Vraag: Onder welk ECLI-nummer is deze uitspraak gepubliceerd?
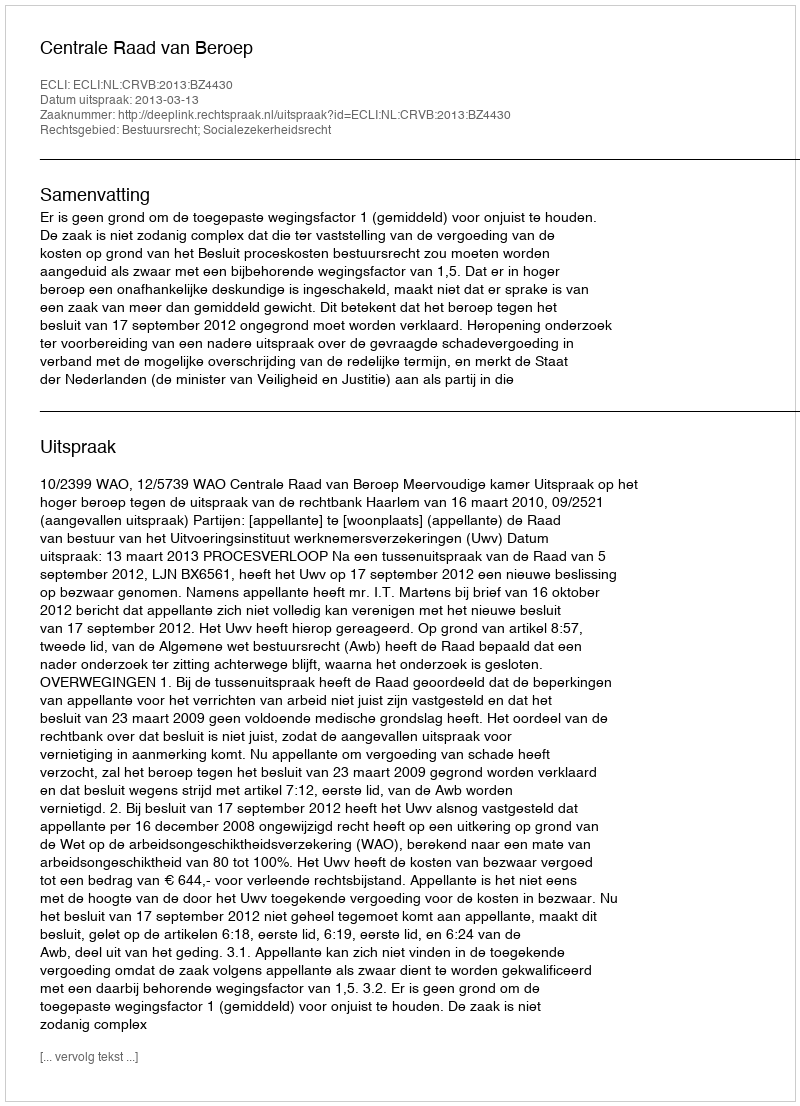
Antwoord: ECLI:NL:CRVB:2013:BZ4430